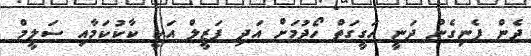
ދެން ފެނިގެން ދަނީ ހަގީގަތް ހޯދުމަށް އަދި ފަޒީލް އަކީ ކާކުކަމާއި ސަލީމް